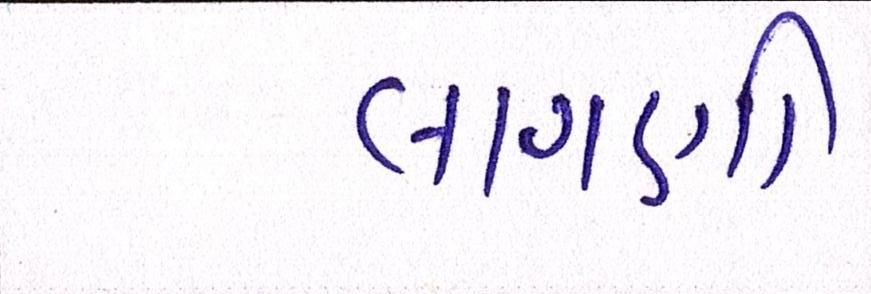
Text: લાગણી